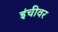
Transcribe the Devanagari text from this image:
इंचीवर